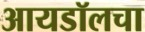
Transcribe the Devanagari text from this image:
आयडॉलचा